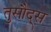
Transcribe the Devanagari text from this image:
तुसौद्स